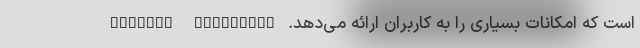
است که امکانات بسیاری را به کاربران ارائه می‌دهد. Android Headlines